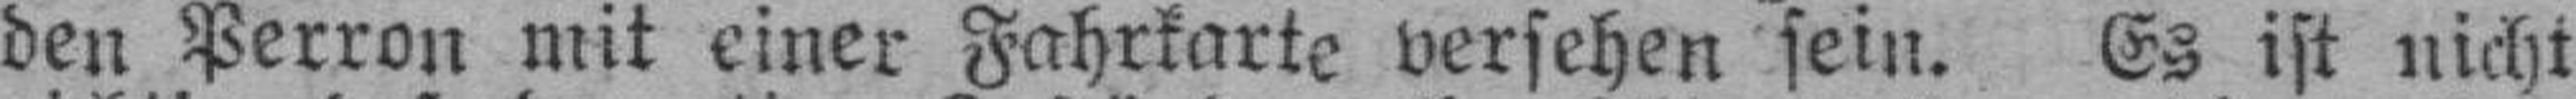
den Perron mit einer Fahrkarte versehen sein. Es ist nicht